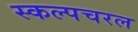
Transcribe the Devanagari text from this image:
स्‍कल्‍पचरल